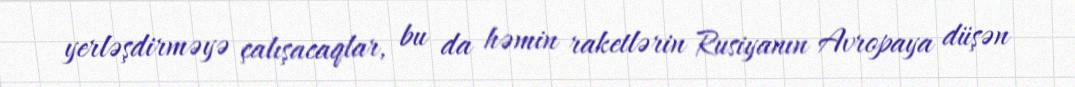
yerləşdirməyə çalışacaqlar, bu da həmin raketlərin Rusiyanın Avropaya düşən